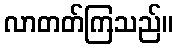
လာတတ်ကြသည်။